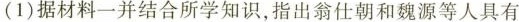
(1)据材料一并结合所学知识，指出翁仕朝和魏源等人具有